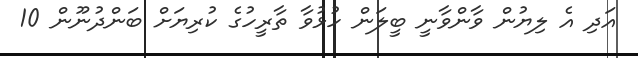
އަދި އެ ލިޔުން ވާންވާނީ ބީލަން ހުޅުވާ ތާރީހުގެ ކުރިޔަށް ބަންދުނޫން 10